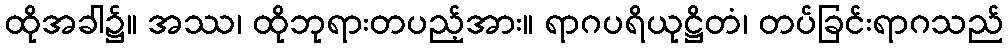
ထိုအခါ၌။ အဿ၊ ထိုဘုရားတပည့်အား။ ရာဂပရိယုဋ္ဌိတံ၊ တပ်ခြင်းရာဂသည်